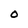
Character: O